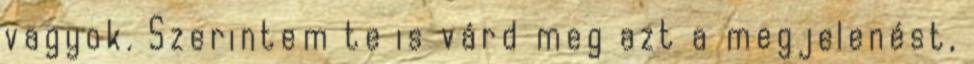
vagyok. Szerintem te is várd meg azt a megjelenést,